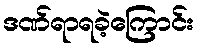
ဒဏ်ရာရခဲ့ကြောင်း